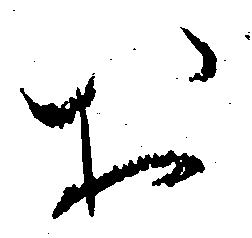
お